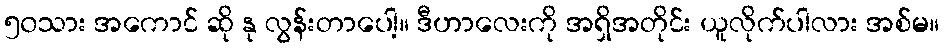
၅၀သား အကောင် ဆို နု လွန်းတာပေါ့။ ဒီဟာလေးကို အရှိအတိုင်း ယူလိုက်ပါလား အစ်မ။